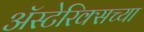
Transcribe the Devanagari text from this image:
अॅस्टेरिक्सच्या